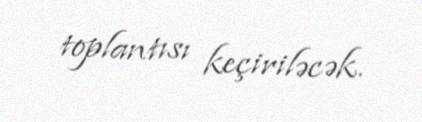
toplantısı keçiriləcək.